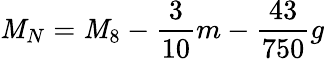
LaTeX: \mathit{M}_{N}=\mathit{M}_{8}-\frac{{3}}{{10}}m-\frac{{43}}{{750}}g